Report of the Indian Hemp Drugs Commission, 1894-1895 - Volume IV
Year: 1894
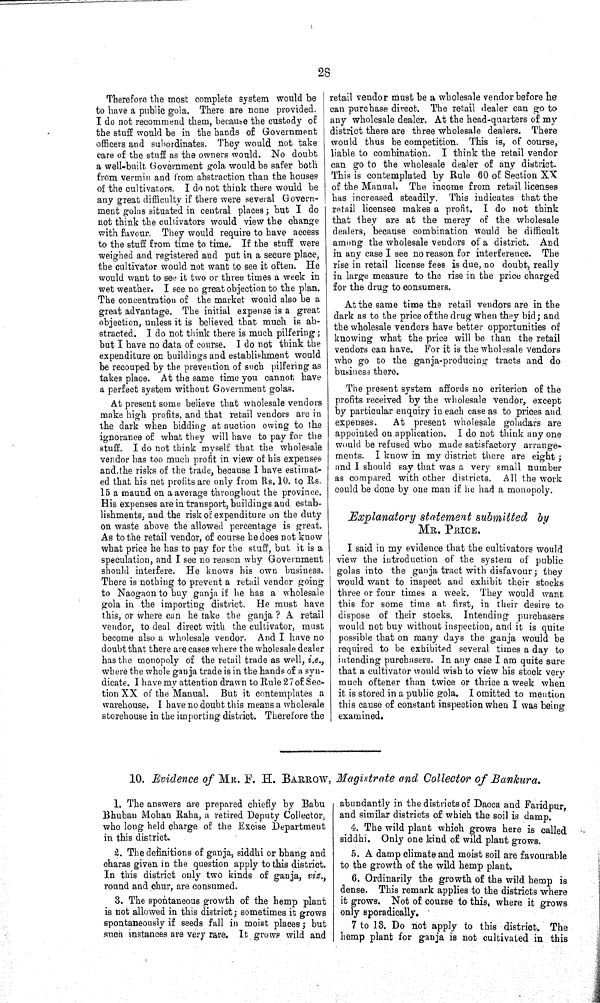
28
Therefore the most complete system would be
to have a public gola. There are none provided.
I do not recommend them, because the custody of
the stuff would be in the hands of Government
officers and subordinates. They would not take
care of the stuff as the owners would. No doubt
a well-built Government gola would be safer both
from vermin and from abstraction than the houses
of the cultivators. I do not think there would be
any great difficulty if there were several Govern-
ment golas situated in central places; but I do
not think the cultivators would view the change
with favour. They would require to have access
to the stuff from time to time. If the stuff were
weighed and registered and put in a secure place,
the cultivator would not want to see it often. He
would want to see it two or three times a week in
wet weather. I see no great objection to the plan.
The concentration of the market would also be a
great advantage. The initial expense is a great
objection, unless it is believed that much is ab-
stracted. I do not think there is much pilfering;
but I have no data of course. I do not think the
expenditure on buildings and establishment would
be recouped by the prevention of such pilfering as
takes place. At the same time you cannot have
a perfect system without Government golas.
At present some believe that wholesale vendors
make high profits, and that retail vendors are in
the dark when bidding at auction owing to the
ignorance of what they will have to pay for the
stuff. I do not think myself that the wholesale
vendor has too much profit in view of his expenses
and the risks of the trade, because I have estimat-
ed that his net profits are only from Rs. 10. to Rs.
15 a maund on a average throughout the province.
His expenses are in transport, buildings and estab-
lishments, and the risk of expenditure on the duty
on waste above the allowed percentage is great.
As to the retail vendor, of course he does not know
what price he has to pay for the stuff, but it is a
speculation, and I see no reason why Government
should interfere. He knows his own business.
There is nothing to prevent a retail vendor going
to Naogaon to buy ganja if he has a wholesale
gola in the importing district. He must have
this, or where can he take the ganja ? A retail
vendor, to deal direct with the cultivator, must
become also a wholesale vendor. And I have no
doubt that there are cases where the wholesale dealer
has the monopoly of the retail trade as well, i.e.,
where the whole ganja trade is in the hands of a syn-
dicate. I have my attention drawn to Rule 27 of Sec-
tion XX of the Manual. But it contemplates a
warehouse. I have no doubt this means a wholesale
storehouse in the importing district. Therefore the
retail vendor must be a wholesale vendor before he
can purchase direct. The retail dealer can go to
any wholesale dealer. At the head-quarters of my
district there are three wholesale dealers. There
would thus be competition. This is, of course,
liable to combination. I think the retail vendor
can go to the wholesale dealer of any district.
This is contemplated by Rule 60 of Section XX
of the Manual. The income from retail licenses
has increased steadily. This indicates that the
retail licensee makes a profit. I do not think
that they are at the mercy of the wholesale
dealers, because combination would be difficult
among the wholesale vendors of a district. And
in any case I see no reason for interference. The
rise in retail license fees is due, no doubt, really
in large measure to the rise in the price charged
for the drug to consumers.
At the same time the retail vendors are in the
dark as to the price of the drug when they bid; and
the wholesale vendors have better opportunities of
knowing what the price will be than the retail
vendors can have. For it is the wholesale vendors
who go to the ganja-producing tracts and do
business there.
The present system affords no criterion of the
profits received by the wholesale vendor, except
by particular enquiry in each case as to prices and
expenses.
At present wholesale goladars are
appointed on application. I do not think any one
would be refused who made satisfactory arrange-
ments. I know in my district there are eight;
and I should say that was a very small number
as compared with other districts. All the work
could be done by one man if he had a monopoly.
Explanatory statement submitted by
MR. PRICE.
I said in my evidence that the cultivators would
view the introduction of the system of public
golas into the ganja tract with disfavour; they
would want to inspect and exhibit their stocks
three or four times a week. They would want
this for some time at first, in their desire to
dispose of their stocks. Intending purchasers
would not buy without inspection, and it is quite
possible that on many days the ganja would be
required to be exhibited several times a day to
intending purchasers. In any case I am quite sure
that a cultivator would wish to view his stock very
much oftener than twice or thrice a week when
it is stored in a public gola. I omitted to mention
this cause of constant inspection when I was being
examined.
10. Evidence of MR. F. H. BARROW, Magistrate and Collector of Bankura.
1. The answers are prepared chiefly by Babu
Bhuban Mohan Raha, a retired Deputy Collector,
who long held charge of the Excise Department
in this district.
2. The definitions of ganja, siddhi or bhang and
charas given in the question apply to this district.
In this district only two kinds of ganja, viz.,
round and chur, are consumed.
3. The spontaneous growth of the hemp plant
is not allowed in this district; sometimes it grows
spontaneously if seeds fall in moist places; but
such instances are very rare. It grows wild and
abundantly in the districts of Dacca and Faridpur,
and similar districts of which the soil is damp.
4. The wild plant which grows here is called
siddhi. Only one kind of wild plant grows.
5. A damp climate and moist soil are favourable
to the growth of the wild hemp plant.
6. Ordinarily the growth of the wild hemp is
dense. This remark applies to the districts where
it grows. Not of course to this, where it grows
only sporadically.
7 to 13. Do not apply to this district. The
hemp plant for ganja is not cultivated in this